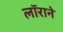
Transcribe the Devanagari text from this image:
लॉराने